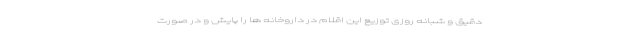
دقیق و شبانه روزی توزیع این اقلام در داروخانه ها را پایش و در صورت